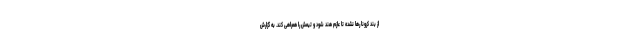
از بند کرونا رها نشده تا عازم هند شود و تیمش را همراهی کند. به گزارش